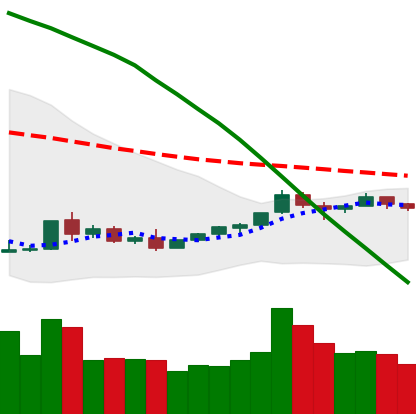
Ticker: TRX-USD
Chart end date: 2018-09-03
Forward return: -22.866%
Label: down_7plus